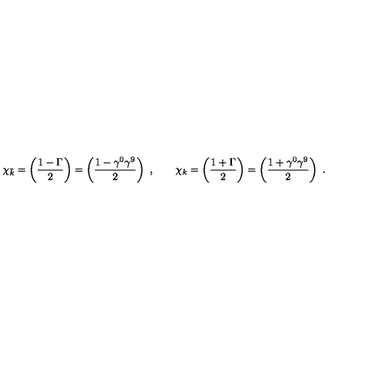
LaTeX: \chi _ { \bar { k } } = \left( { \frac { 1 - \Gamma } { 2 } } \right) = \left( { \frac { 1 - \gamma ^ { 0 } \gamma ^ { 9 } } { 2 } } \right) \ , \qquad \chi _ { k } = \left( { \frac { 1 + \Gamma } { 2 } } \right) = \left( { \frac { 1 + \gamma ^ { 0 } \gamma ^ { 9 } } { 2 } } \right) \ .